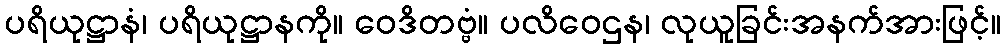
ပရိယုဋ္ဌာနံ၊ ပရိယုဋ္ဌာနကို။ ဝေဒိတဗ္ဗံ။ ပလိဝေဌန၊ လုယူခြင်းအနက်အားဖြင့်။